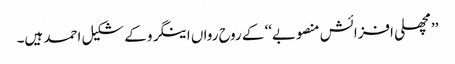
’’مچھلی افزائش منصوبے‘‘ کے روح رواں اینگرو کے شکیل احمد ہیں۔